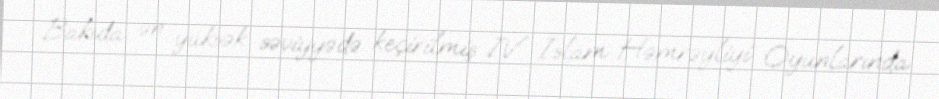
Bakıda ən yüksək səviyyədə keçirilmiş IV İslam Həmrəyliyi Oyunlarında